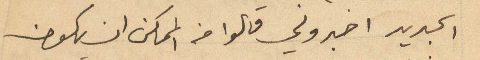
الجديد اخبروني قالوا من الممكن ان يكون